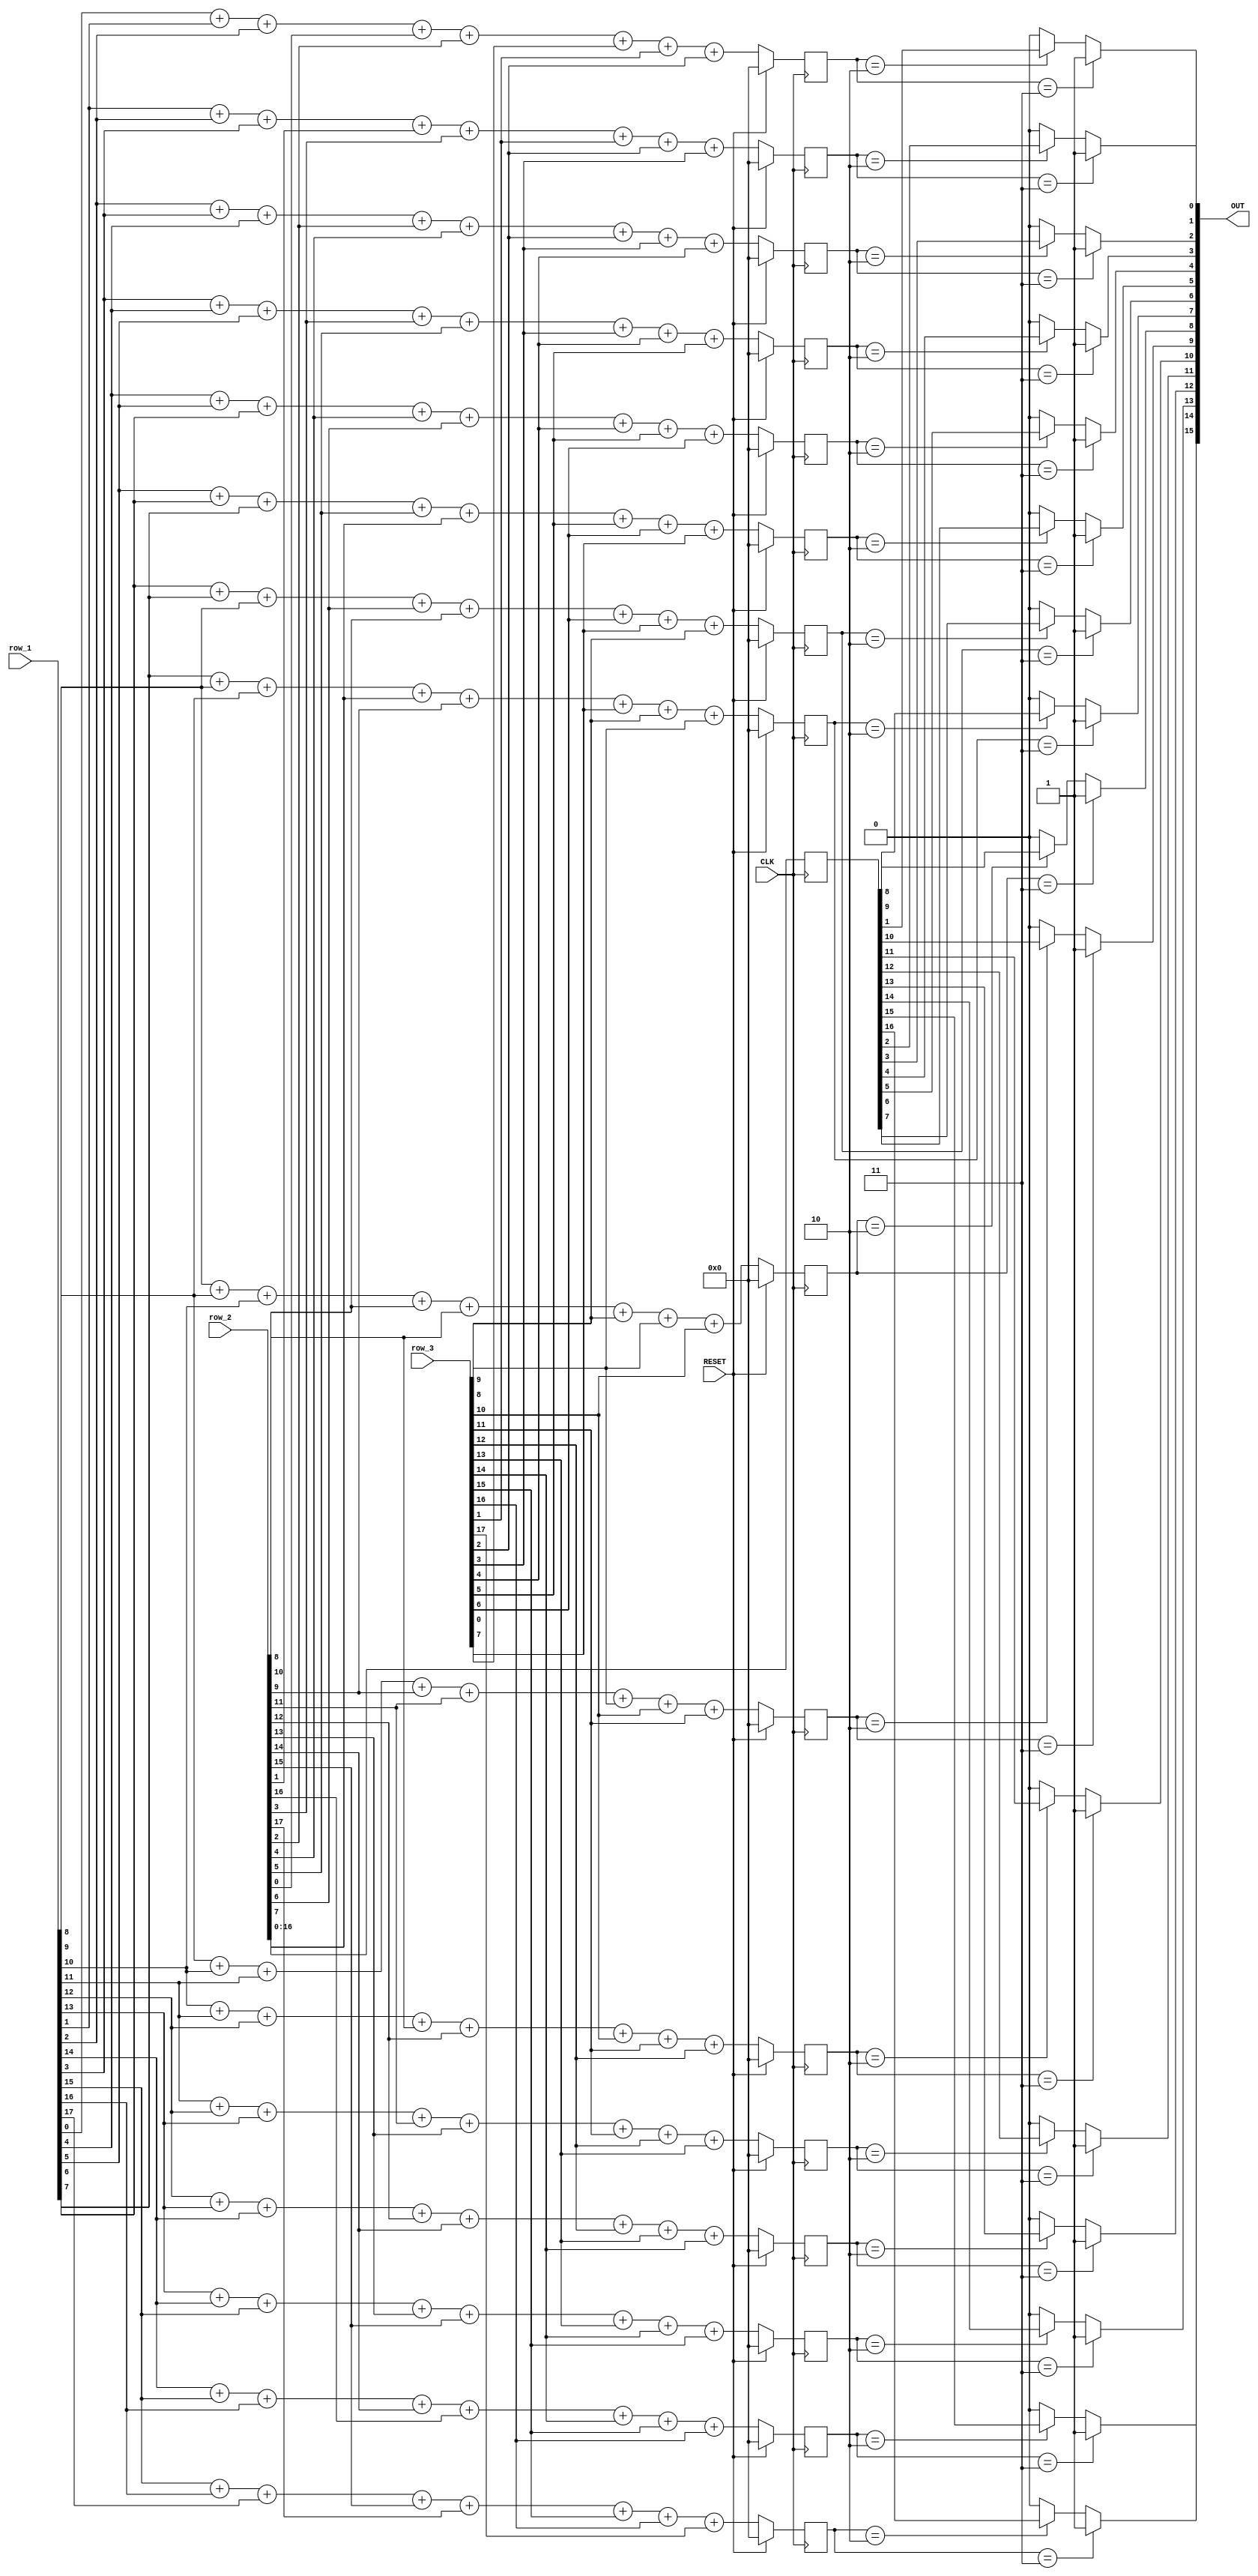
`timescale 1ns / 1ps
//////////////////////////////////////////////////////////////////////////////////
// Company: 
// Engineer: 
// 
// Design Name: 
// Module Name: Game_logic
// Project Name: 
// Target Devices: 
// Tool Versions: 
// Description: 
// 
// Dependencies: 
// 
// Revision:
// Revision 0.01 - File Created
// Additional Comments:
// 
//////////////////////////////////////////////////////////////////////////////////


module Game_logic(
    input CLK,
    input RESET,
    input [17:0] row_1,
    input [17:0] row_2,
    input [17:0] row_3,
    output [15:0] OUT
    );
    
    reg [3:0] neighbors [15:0];
    reg [17:0] past_row_2;
    
    always @(posedge CLK) begin
        past_row_2 <= row_2;
    end
    
    genvar i;
    
    generate
        for (i = 0; i < 16; i = i + 1) begin : find_neighbors
            always @(posedge CLK) begin
                if (RESET)
                    neighbors[i] <= 0;
                else
                    neighbors[i] <= row_1[i] + row_1[i+1] + row_1[i+2] + row_2[i] + row_2[i+2] + row_3[i] + row_3[i+1] + row_3[i+2];
            end
            
            assign OUT[i] =  (neighbors[i] == 3) ? 1 : (neighbors[i] == 2) ? past_row_2[i+1] : 0;
        end
    endgenerate
    
endmodule